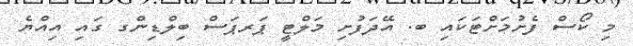
މި ކޯސް ފެށުމަށްޓަކައި ބ. އޭދަފުށި މަލްޓީ ޕަރޕަސް ބިލްޑިންގ ގައި އިއްޔެ